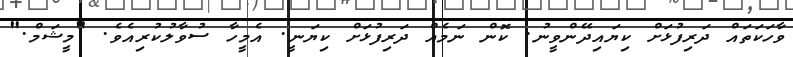
ވާހަކަތައް ދަރިފުޅަށް ކިޔައިދޭންވީނު. ކޮން ނަމެއް ދަރިފުޅަށް ކިޔަނީ. އެމީހާ ސުވާލުކުރިއެވެ. "މީޝަމް."